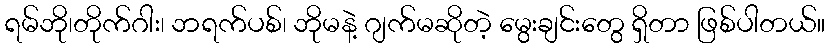
ရမ်ဘို၊တိုက်ဂါး၊ ဘရက်ပစ်၊ ဘိုမနဲ့ ဂျက်မဆိုတဲ့ မွေးချင်းတွေ ရှိတာ ဖြစ်ပါတယ်။